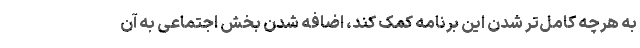
به هرچه کامل‌تر شدن این برنامه کمک کند، اضافه شدن بخش اجتماعی به آن